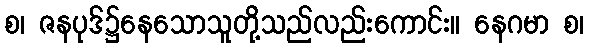
စ၊ ဇနပုဒ်၌နေသောသူတို့သည်လည်းကောင်း။ နေဂမာ စ၊